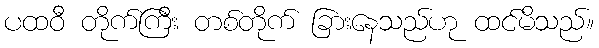
ပထဝီ တိုက်ကြီး တစ်တိုက် ခြားနေသည်ဟု ထင်မိသည်။